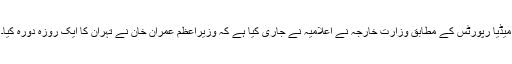
میڈیا رپورٹس کے مطابق وزارت خارجہ نے اعلامیہ نے جاری کیا ہے کہ وزیراعظم عمران خان نے تہران کا ایک روزہ دورہ کیا۔